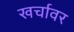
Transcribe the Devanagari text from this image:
खर्चावर